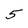
Character: 5